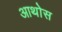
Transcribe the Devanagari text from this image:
आथोस